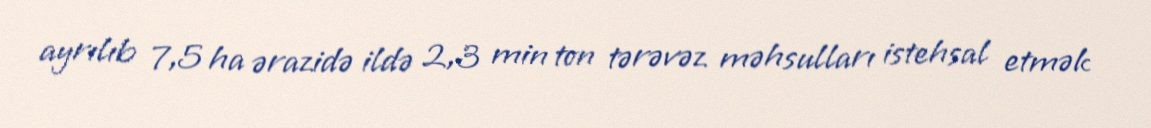
ayrılıb 7,5 ha ərazidə ildə 2,3 min ton tərəvəz məhsulları istehsal etmək